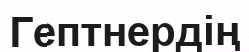
Гептнердің